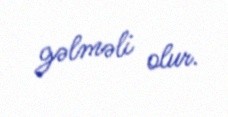
gəlməli olur.